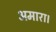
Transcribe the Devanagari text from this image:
अमारा।